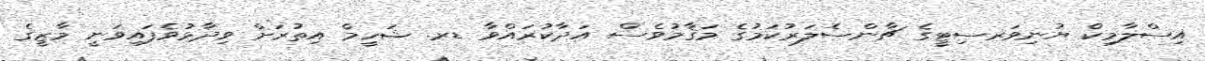
އިސްލާމިކް ޔުނިވަރސިޓީގެ ޗާންސެލަރުކަމުގެ މަޤާމުވެސް އަދާކުރައްވާ ޑރ. ޝަހީމް އިތުރަށް ވިދާޅުވެފައިވަނީ މާޒީގެ